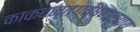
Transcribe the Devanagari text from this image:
काकदन्तगवेषणन्याय